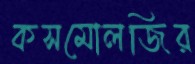
কসমোলজির